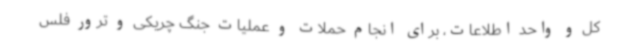
کل و واحد اطلاعات، برای انجام حملات و عملیات جنگ چریکی و ترور فلس